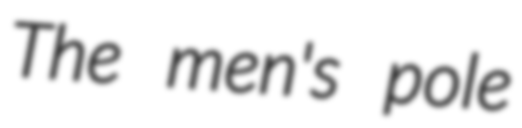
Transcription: The men's pole